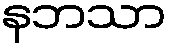
နဘသာ